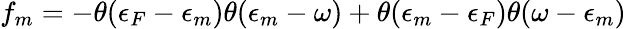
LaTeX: f_{m}=-\theta(\epsilon_{F}-\epsilon_{m})\theta(\epsilon_{m}-\omega)+\theta(\epsilon_{m}-\epsilon_{F})\theta(\omega-\epsilon_{m})